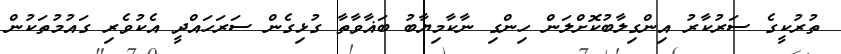
ތުރުކީގެ ސަރުކާރު އިންގިލާބުކޮށްލަން ހިންގި ނާކާމިޔާބު ބަޣާވާތާ ގުޅިގެން ސަރަހައްދީ އެކުވެރި ގައުމުތަކުން